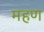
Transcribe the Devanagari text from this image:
महण